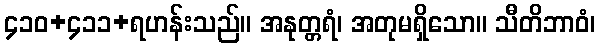
၄၁၀+၄၁၁+ရဟန်းသည်။ အနုတ္တရံ၊ အတုမရှိသော။ သီတိဘာဝံ၊